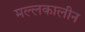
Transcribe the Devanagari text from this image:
मल्लकालीन